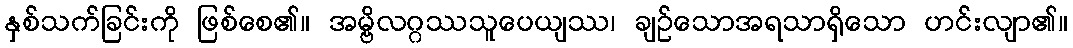
နှစ်သက်ခြင်းကို ဖြစ်စေ၏။ အမ္ဗိလဂ္ဂဿသူပေယျဿ၊ ချဉ်သောအရသာရှိသော ဟင်းလျာ၏။